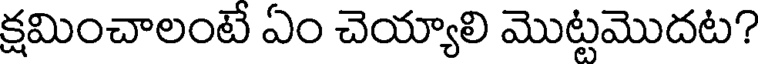
క్షమించాలంటే ఏం చెయ్యాలి మొట్టమొదట?